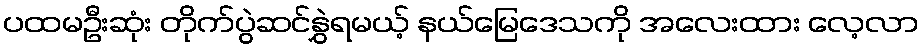
ပထမဦးဆုံး တိုက်ပွဲဆင်နွှဲရမယ့် နယ်မြေဒေသကို အလေးထား လေ့လာ